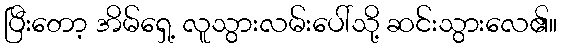
ပြီးတော့ အိမ်ရှေ့ လူသွားလမ်းပေါ်သို့ ဆင်းသွားလေ၏။